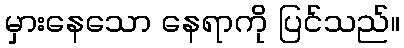
မှားနေသော နေရာကို ပြင်သည်။